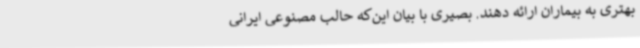
بهتری به بیماران ارائه دهند. بصیری با بیان این‌که حالب مصنوعی ایرانی